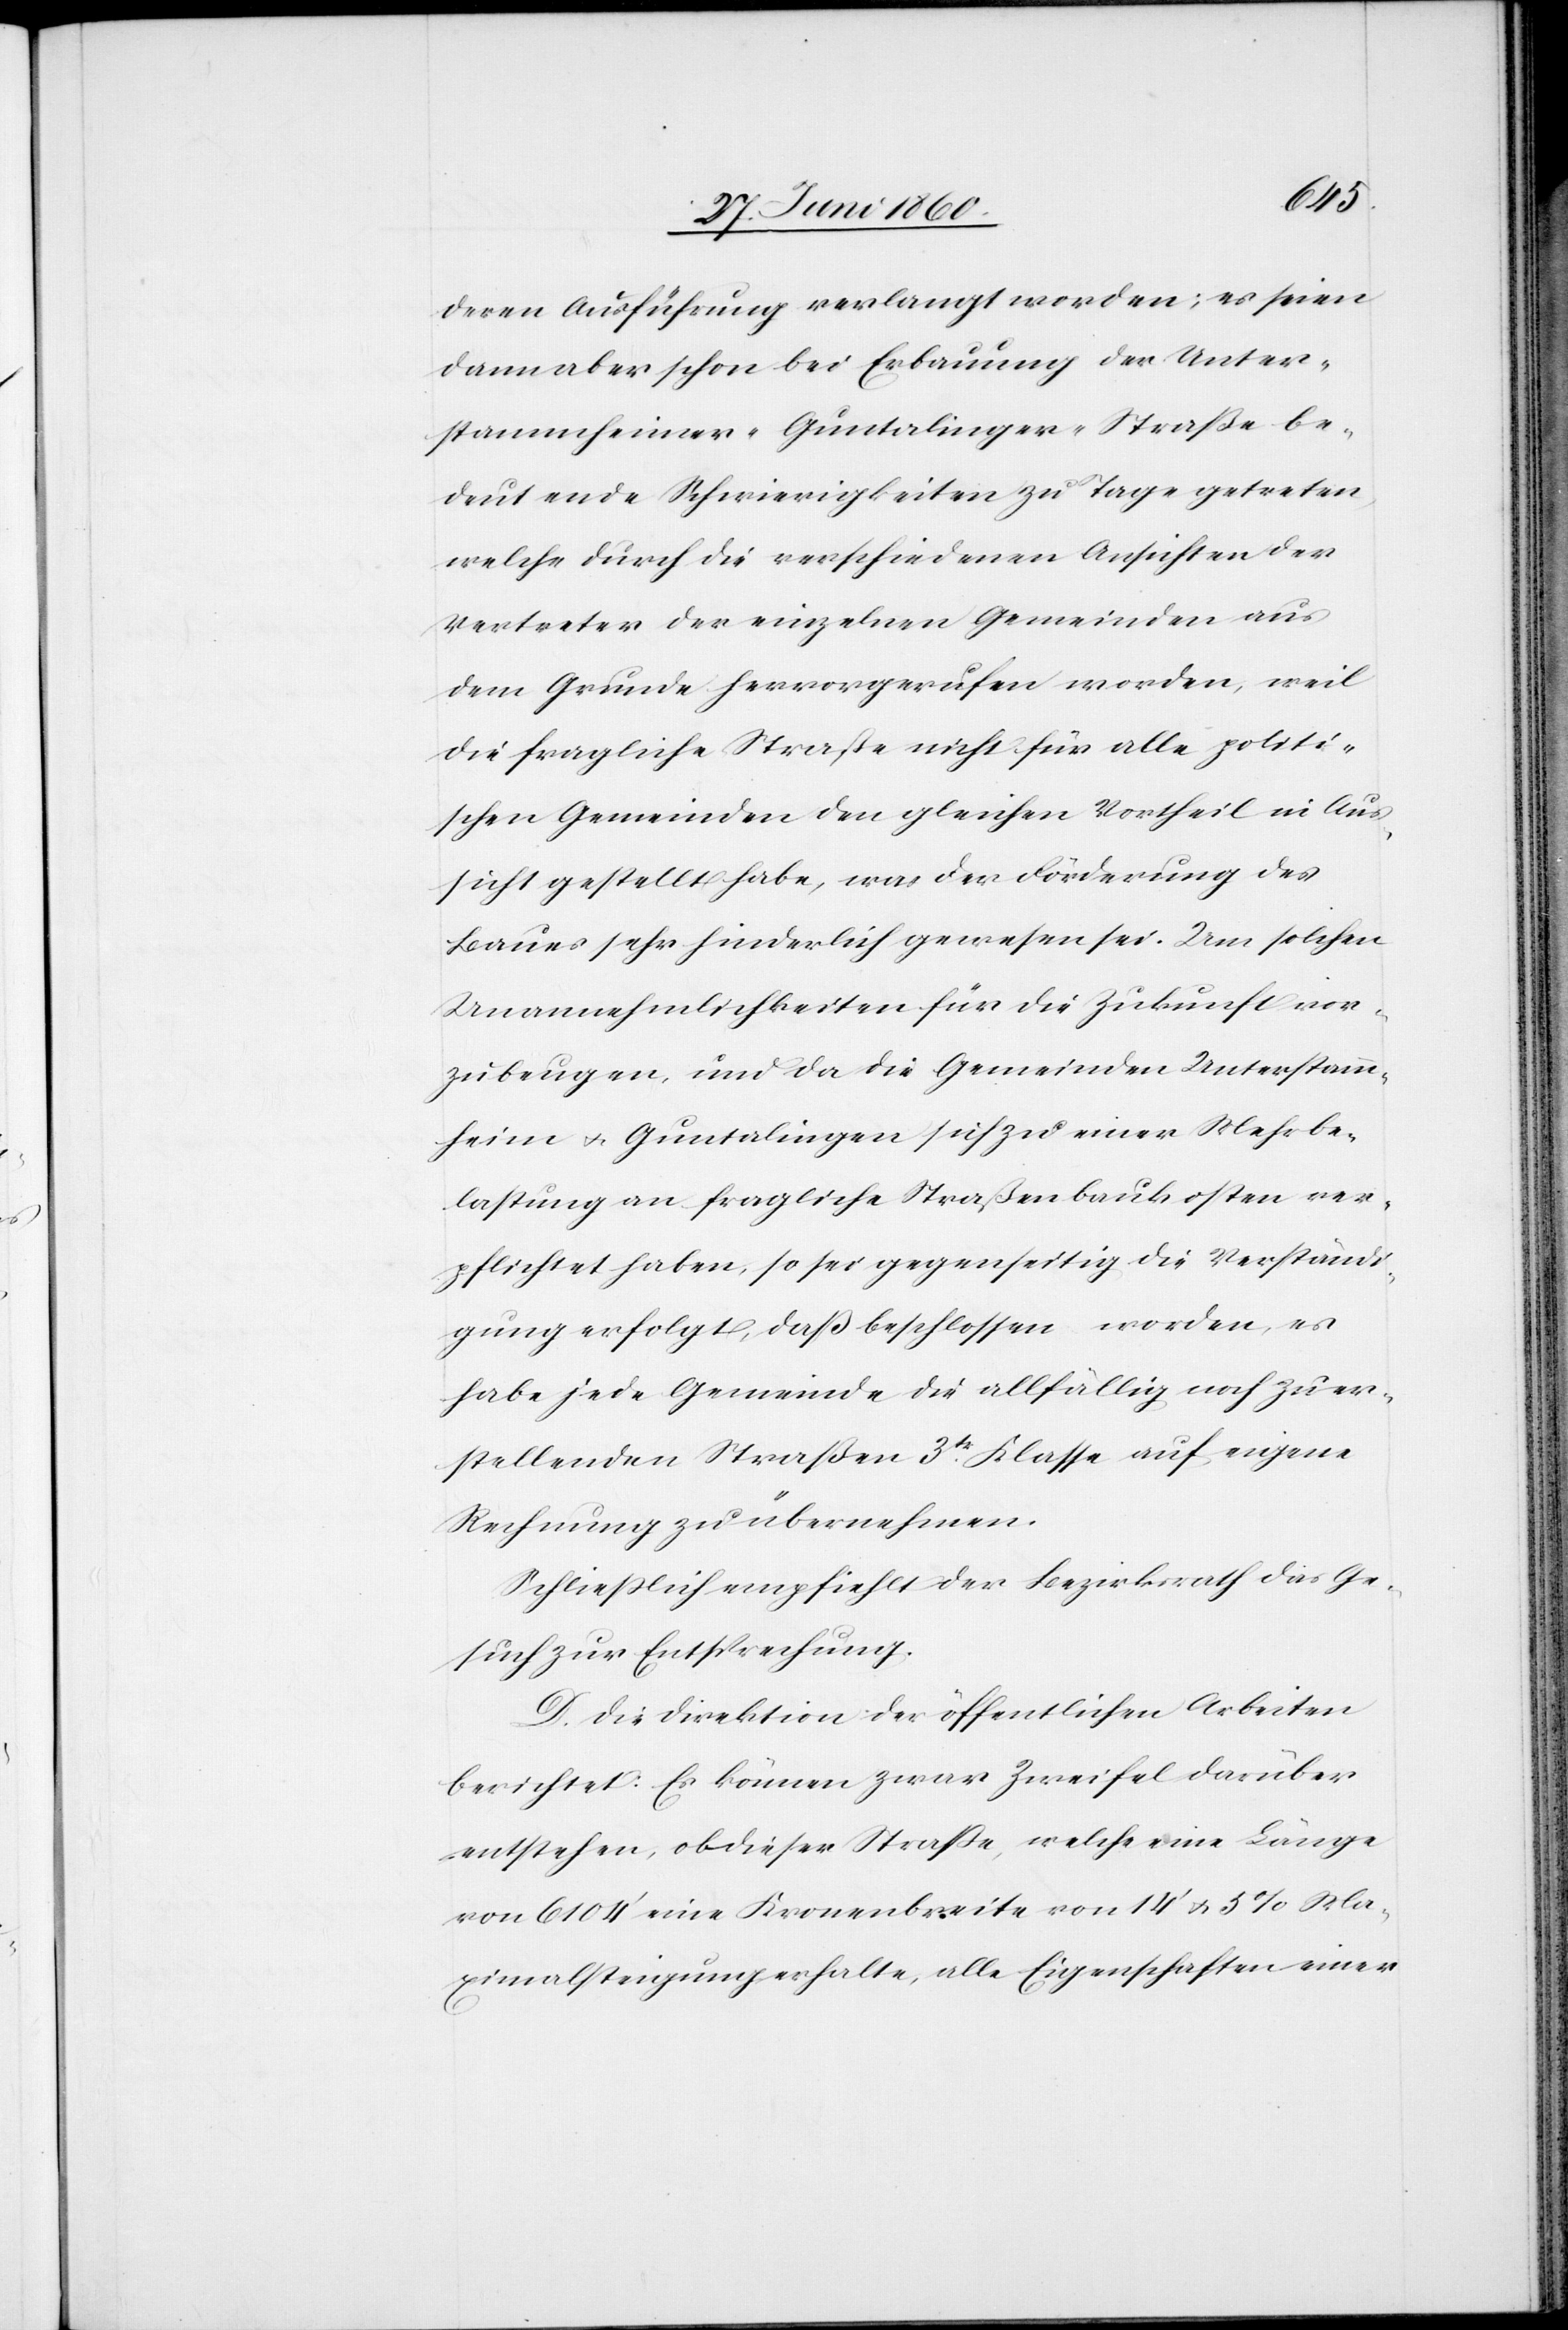
deren Ausführung verlangt werden; es seien
dann aber schon bei Erbauung der Unter¬
stammheimer-Guntalinger-Straße be¬
deutende Schwierigkeiten zu Tage getreten,
welche durch die verschiedenen Ansichten der
Vertreter der einzelnen Gemeinden aus
dem Grunde hervorgerufen worden, weil
die fragliche Straße nicht für alle politi¬
schen Gemeinden den gleichen Vortheil in Aus¬
sicht gestellt habe, was der Förderung des
Baues sehr hinderlich gewesen sei. Um solchen
Unannehmlichkeiten für die Zukunft vor¬
zubeugen, und da die Gemeinden Unterstamm¬
heim u. Guntalingen sich zu einer Mehrbe¬
lastung an fragliche Straßenbaukosten ver¬
pflichtet haben, so sei gegenseitig die Verständi¬
gung erfolgt, daß beschlossen worden, es
habe jede Gemeinde die allfällig noch zu er¬
stellenden Straßen 3tr Klasse auf eigene
Rechnung zu übernehmen.
Schliesslich empfiehlt der Bezirksrath das Ge¬
such zur Entsprechung.
D. Die Direktion der öffentlichen Arbeiten
berichtet: Es können zwar Zweifel darüber
entstehen, ob dieser Strasse, welche eine Länge
von 6104’ eine Kronenbreite von 14’ u. 5% Ma¬
ximalsteigung erhalte, alle Eigenschaften einer